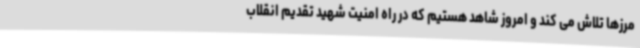
مرزها تلاش می کند و امروز شاهد هستیم که در راه امنیت شهید تقدیم انقلاب